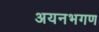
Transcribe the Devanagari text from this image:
अयनभगण